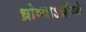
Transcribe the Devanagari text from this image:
ध्रौव्याऽध्रौव्ये